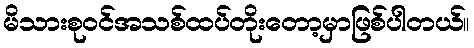
မိသားစုဝင်အသစ်ထပ်တိုးတော့မှာဖြစ်ပါတယ်။